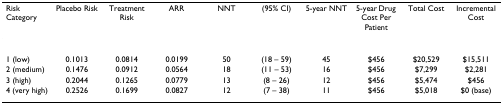
<table><thead><tr><td><b>Risk Category</b></td><td><b>Placebo Risk</b></td><td><b>Treatment Risk</b></td><td><b>ARR</b></td><td><b>NNT</b></td><td><b>(95% CI)</b></td><td><b>5-year NNT</b></td><td><b>5-year Drug Cost Per Patient</b></td><td><b>Total Cost</b></td><td><b>Incremental Cost</b></td></tr></thead><tbody><tr><td>1 (low)</td><td>0.1013</td><td>0.0814</td><td>0.0199</td><td>50</td><td>(18 – 59)</td><td>45</td><td>$456</td><td>$20,529</td><td>$15,511</td></tr><tr><td>2 (medium)</td><td>0.1476</td><td>0.0912</td><td>0.0564</td><td>18</td><td>(11 – 53)</td><td>16</td><td>$456</td><td>$7,299</td><td>$2,281</td></tr><tr><td>3 (high)</td><td>0.2044</td><td>0.1265</td><td>0.0779</td><td>13</td><td>(8 – 26)</td><td>12</td><td>$456</td><td>$5,474</td><td>$456</td></tr><tr><td>4 (very high)</td><td>0.2526</td><td>0.1699</td><td>0.0827</td><td>12</td><td>(7 – 38)</td><td>11</td><td>$456</td><td>$5,018</td><td>$0 (base)</td></tr></tbody></table>